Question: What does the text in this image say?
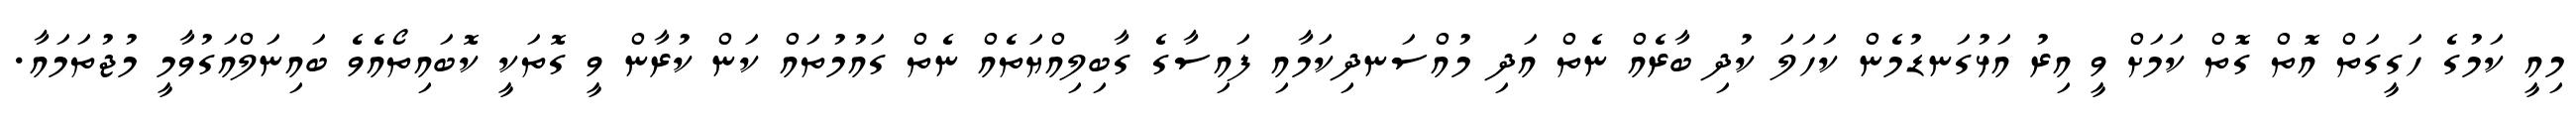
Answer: މިއީ ކަމުގެ ހަގީގަތް އޮތް ގޮތް ކަމަށް ވީ އިރު އަޅުގަނޑުމެން ކަހަލަ ކުދި ބާރެއް ނެތް އަދި މުއްސަނދިކަމާއި ފައިސާގެ ގާބިލިއްޔަތެއް ނެތް ގައުމުތައް ކަން ކުރާން ވީ ގޮތަކީ ކޮބައިތޯއެވެ ބައިނަލްއަގުވާމީ މުޖުތަމައާ.